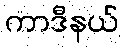
ကာဒီနယ်